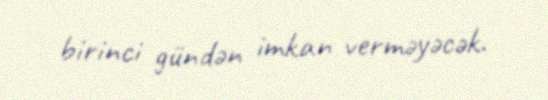
birinci gündən imkan verməyəcək.